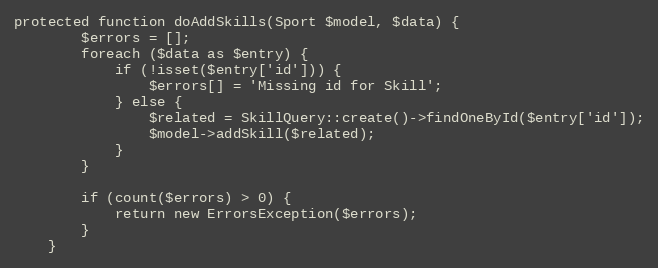
Language: PHP
protected function doAddSkills(Sport $model, $data) {
		$errors = [];
		foreach ($data as $entry) {
			if (!isset($entry['id'])) {
				$errors[] = 'Missing id for Skill';
			} else {
				$related = SkillQuery::create()->findOneById($entry['id']);
				$model->addSkill($related);
			}
		}

		if (count($errors) > 0) {
			return new ErrorsException($errors);
		}
	}